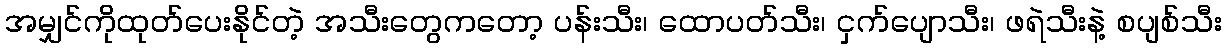
အမျှင်ကိုထုတ်ပေးနိုင်တဲ့ အသီးတွေကတော့ ပန်းသီး၊ ထောပတ်သီး၊ ငှက်ပျောသီး၊ ဖရဲသီးနဲ့ စပျစ်သီး